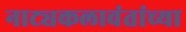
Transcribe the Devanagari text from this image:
नाट्यकलावंतांच्या